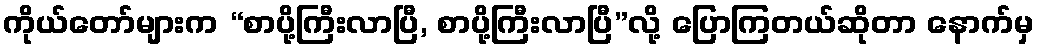
ကိုယ်တော်များက “စာပို့ကြီးလာပြီ, စာပို့ကြီးလာပြီ”လို့ ပြောကြတယ်ဆိုတာ နောက်မှ